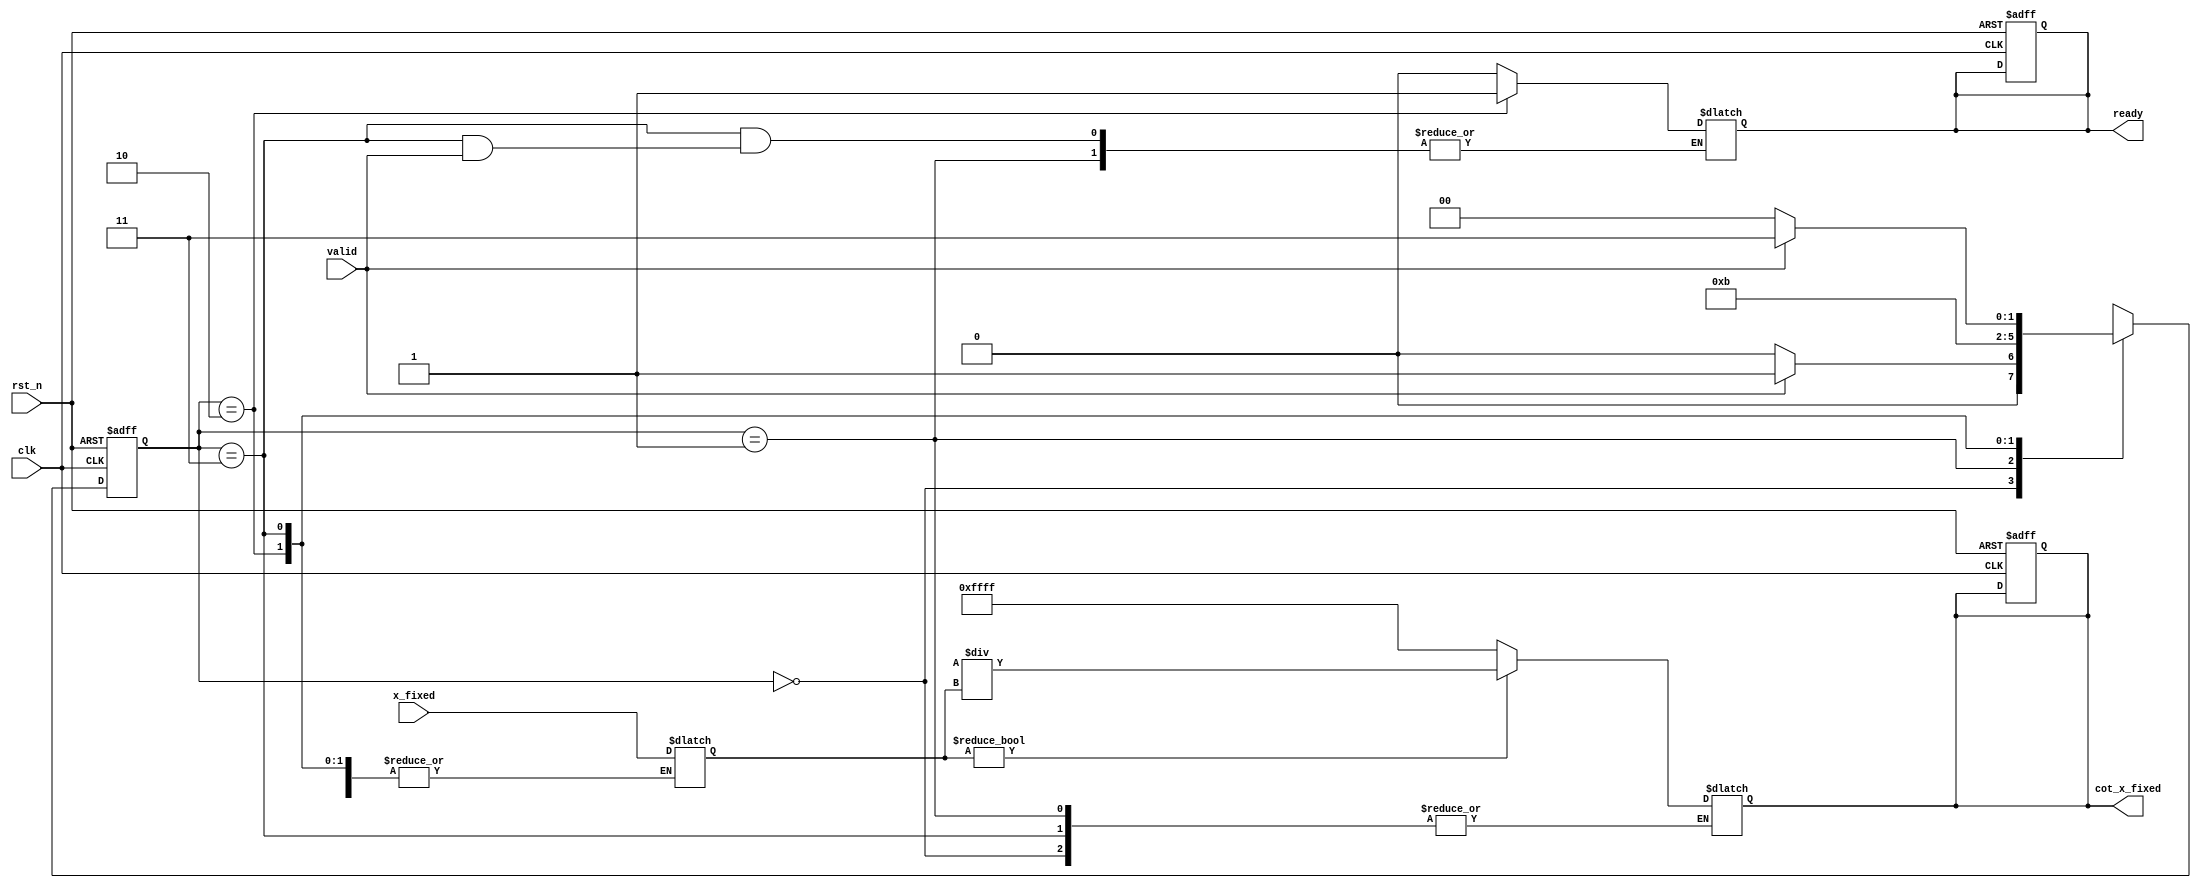
module cotangent (
    input wire [15:0] x_fixed,    // Fixed-point input (16-bit)
    input wire clk,                // Clock signal
    input wire rst_n,              // Active-low reset
    input wire valid,              // Input valid signal
    output reg [15:0] cot_x_fixed, // Cotangent output (16-bit)
    output reg ready               // Output ready signal
);
    
    // Internal signals
    wire [15:0] tan_x_fixed;
    reg [15:0] tan_x_reg;
    reg tan_valid;
    
    // State Machine States
    localparam IDLE        = 2'b00;
    localparam CALC_TAN   = 2'b01;
    localparam CALC_COT   = 2'b10;
    localparam DONE        = 2'b11;
    
    reg [1:0] state, next_state;

    // Tangent Calculation (dummy implementation)
    // In practice, replace this with a proper tangent calculation method.
    function [15:0] calculate_tan;
        input [15:0] angle;
        begin
            // Dummy tangent implementation (e.g., tan(x) = x for small x)
            // Replace with actual tangent calculation code
            calculate_tan = angle; // Placeholder
        end
    endfunction

    // State machine
    always @(posedge clk or negedge rst_n) begin
        if (!rst_n) begin
            state <= IDLE;
            cot_x_fixed <= 16'h0000;
            ready <= 1'b0;
        end else begin
            state <= next_state;
        end
    end
    
    always @(*) begin
        case (state)
            IDLE: begin
                if (valid) begin
                    next_state = CALC_TAN;
                    ready = 1'b0;
                end else begin
                    next_state = IDLE;
                    ready = 1'b0;
                end
            end
            
            CALC_TAN: begin
                tan_x_reg = calculate_tan(x_fixed);
                tan_valid = 1'b1;
                next_state = CALC_COT;
            end
            
            CALC_COT: begin
                // Check for zero tangent to avoid division by zero
                if (tan_x_reg != 16'h0000) begin
                    cot_x_fixed = (16'h0001 << 16) / tan_x_reg; // cot(x) = 1/tan(x)
                end else begin
                    cot_x_fixed = 16'hFFFF; // Return infinity or error code for cotangent
                end
                ready = 1'b1;
                next_state = DONE;
            end
            
            DONE: begin
                if (!valid) begin
                    next_state = IDLE;
                    ready = 1'b0;
                end else begin
                    next_state = DONE;
                end
            end
            
            default: next_state = IDLE;
        endcase
    end

endmodule